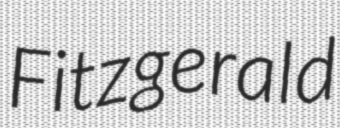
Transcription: Fitzgerald